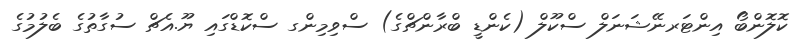
ކޮލޮންބޯ އިންޓަރނޭޝަނަލް ސްކޫލް (ކެންޑީ ބްރާންޗްގެ) ސްވިމިންގ ސްކޮޑްގައި ޔޫ.އެޗް ސުގާތުގެ ބެލުމުގެ